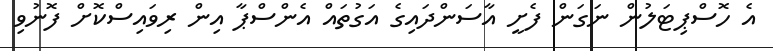
އެ ހޮސްޕިޓަލުން ނަގަން ފެށީ އާސަންދައިގެ އަގުތައް އެންސްޕާ އިން ރިވައިސްކޮށް ފޮނުވި